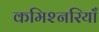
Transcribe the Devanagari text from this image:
कमिश्नरियाँ